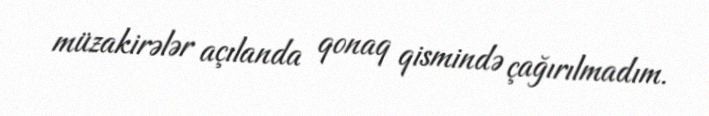
müzakirələr açılanda qonaq qismində çağırılmadım.